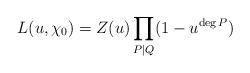
LaTeX: \begin{align*}L(u,\chi_{0})=Z(u)\prod_{P | Q}(1-u^{\deg P})\end{align*}